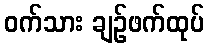
ဝက်သား ချဉ်ဖက်ထုပ်